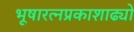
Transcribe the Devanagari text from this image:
भूषारत्नप्रकाशाढ्यो